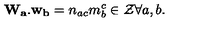
{ \bf W _ { a } . w _ { b } } = n _ { a c } m _ { b } ^ { c } \in { \cal Z } \forall a , b .